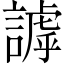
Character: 謼